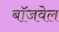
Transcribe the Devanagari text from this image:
बॉजवेल